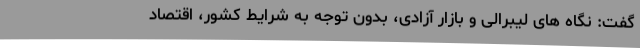
گفت: نگاه های لیبرالی و بازار آزادی، بدون توجه به شرایط کشور، اقتصاد